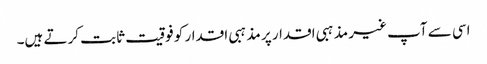
اسی سے آپ غیر مذہبی اقدار پر مذہبی اقدار کو فوقیت ثابت کرتے ہیں۔